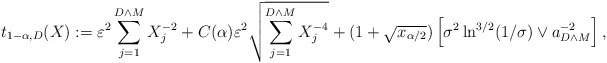
\begin{align*}t_{1-\alpha,D}(X):=\varepsilon^2 \sum_{j=1}^{D \wedge M}X_j^{-2} + C(\alpha) \varepsilon^2 \sqrt{\sum_{j=1}^{D \wedge M}X_j^{-4}} +(1+\sqrt{x_{\alpha/2}}) \left[\sigma^2 \ln^{3/2}(1/\sigma) \vee a_{D \wedge M}^{-2}\right],\end{align*}